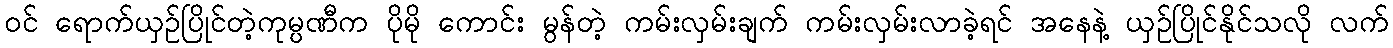
ဝင် ရောက်ယှဉ်ပြိုင်တဲ့ကုမ္ပဏီက ပိုမို ကောင်း မွန်တဲ့ ကမ်းလှမ်းချက် ကမ်းလှမ်းလာခဲ့ရင် အနေနဲ့ ယှဉ်ပြိုင်နိုင်သလို လက်